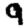
Digit: 9